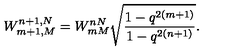
W _ { m + 1 , M } ^ { n + 1 , N } = W _ { m M } ^ { n N } \sqrt { \frac { 1 - q ^ { 2 ( m + 1 ) } } { 1 - q ^ { 2 ( n + 1 ) } } } .